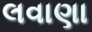
લવાણા